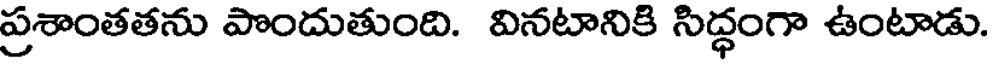
ప్రశాంతతను పొందుతుంది. వినటానికి సిద్ధంగా ఉంటాడు.